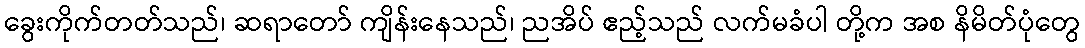
ခွေးကိုက်တတ်သည်၊ ဆရာတော် ကျိန်းနေသည်၊ ညအိပ် ဧည့်သည် လက်မခံပါ တို့က အစ နိမိတ်ပုံတွေ